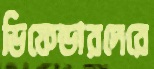
ডিফেন্ডারদেরে